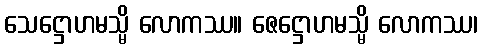
သေဋ္ဌောဟမသ္မိ လောကဿ။ ဇေဋ္ဌောဟမသ္မိ လောကဿ၊